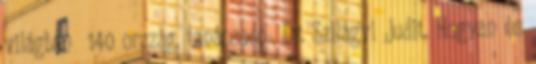
világban 140 ország, tanácsadó Dr. Szilágyi Judit. Hogyan és